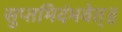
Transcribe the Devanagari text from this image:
सुप्तमिदंभवेत्॥